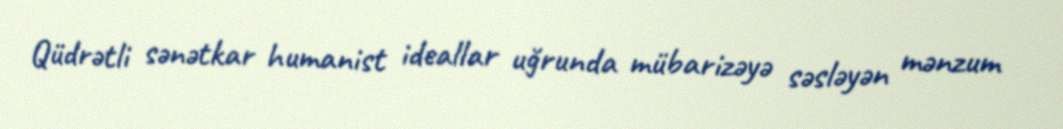
Qüdrətli sənətkar humanist ideallar uğrunda mübarizəyə səsləyən mənzum